Report on the Nagpur School of Medicine, Central Provinces
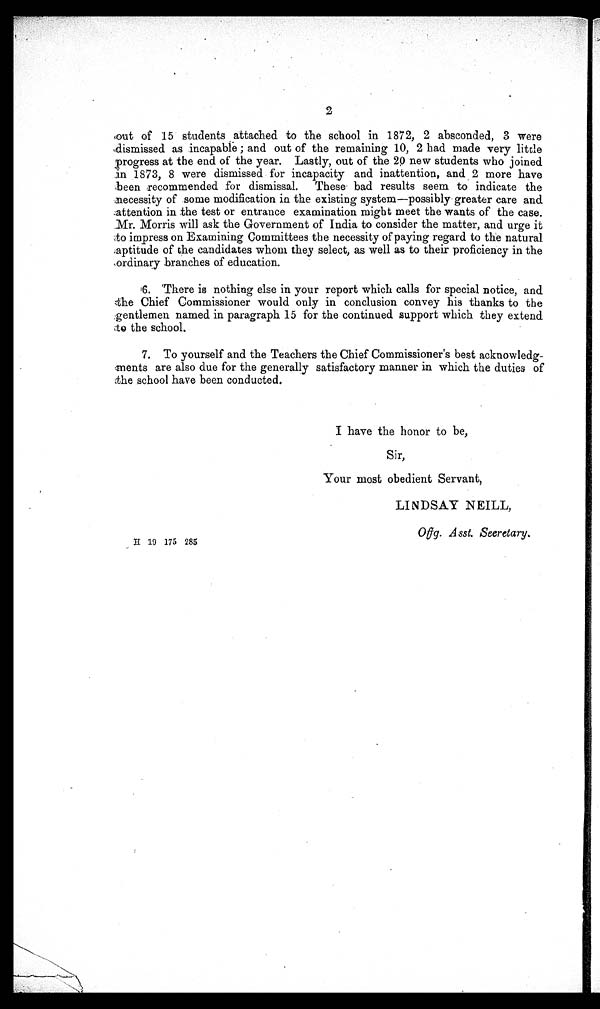
H 19 175 285
Offg. Asst. Secretary.
2
out of 15 students attached to the school in 1872, 2 absconded, 3 were
dismissed as incapable; and out of the remaining 10, 2 had made very little
progress at the end of the year. Lastly, out of the 20 new students who joined
in 1873, 8 were dismissed for incapacity and inattention, and 2 more have
been recommended for dismissal. These bad results seem to indicate the
necessity of some modification in the existing system—possibly greater care and
attention in the test or entrance examination might meet the wants of the case.
Mr. Morris will ask the Government of India to consider the matter, and urge it
to impress on Examining Committees the necessity of paying regard to the natural
aptitude of the candidates whom they select, as well as to their proficiency in the
ordinary branches of education.
6. There is nothing else in your report which calls for special notice, and
the Chief Commissioner would only in conclusion convey his thanks to the
gentlemen named in paragraph 15 for the continued support which they extend
to the school.
7. To yourself and the Teachers the Chief Commissioner's best acknowledg-
ments are also due for the generally satisfactory manner in which the duties of
the school have been conducted.
I have the honor to be,
Sir,
Your most obedient Servant,
LINDSAY NEILL,